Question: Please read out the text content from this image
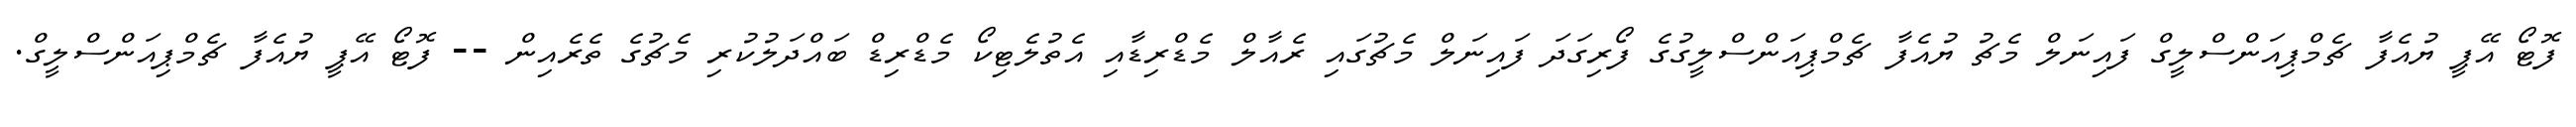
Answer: ފޮޓޯ އޭޕީ ޔުއެފާ ޗެމްޕިއަންސްލީގް ފައިނަލް މެޗު ޔުއެފާ ޗެމްޕިއަންސްލީގުގެ ފޯރިގަދަ ފައިނަލް މެޗުގައި ރެއާލް މެޑްރިޑާއި އެތުލެޓިކޯ މެޑްރިޑް ބައްދަލުކުރި މެޗުގެ ތެރެއިން -- ފޮޓޯ އޭޕީ ޔުއެފާ ޗެމްޕިއަންސްލީގް.